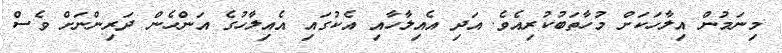
މިނަމުން އިލާހަކަށް މުހާތަބުކުރިއެވެ. އަދި އެއިލާހާއި އެކުގައި އެއިލާހުގެ އަންހެން ދަރިންނަށް ވެސް